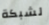
لشبكة